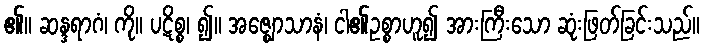
၏။ ဆန္ဒရာဂံ၊ ကို။ ပဋိစ္စ၊ ၍။ အဇ္ဈောသာနံ၊ ငါ၏ဥစ္စာဟူ၍ အားကြီးသော ဆုံးဖြတ်ခြင်းသည်။